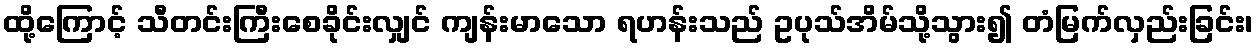
ထို့ကြောင့် သီတင်းကြီးစေခိုင်းလျှင် ကျန်းမာသော ရဟန်းသည် ဥပုသ်အိမ်သို့သွား၍ တံမြက်လှည်းခြင်း၊